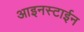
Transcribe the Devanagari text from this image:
आइनस्टाईन